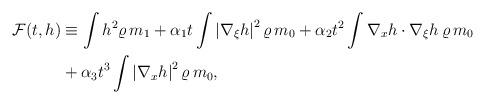
LaTeX: \begin{align*}\begin{aligned}\mathcal{F}(t,h)&\equiv \int h^2 \varrho\, m_1 +\alpha_1 t \int \left|\nabla_\xi h\right|^2 \varrho\, m_0 + \alpha_2 t^2 \int \nabla_x h\cdot\nabla_{\xi} h\,\varrho \,m_0 \\&+ \alpha_3 t^3 \int \left|\nabla_x h\right|^2 \varrho\, m_0,\end{aligned}\end{align*}